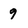
Character: 9